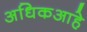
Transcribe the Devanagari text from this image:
अधिकआहे